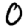
Digit: 0